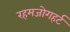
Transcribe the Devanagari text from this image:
रहमजोगहर्ट